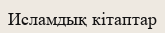
Исламдық кітаптар